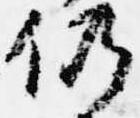
仍